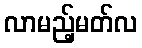
လာမည့်မတ်လ